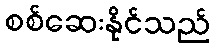
စစ်ဆေးနိုင်သည်